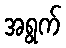
အရွက်